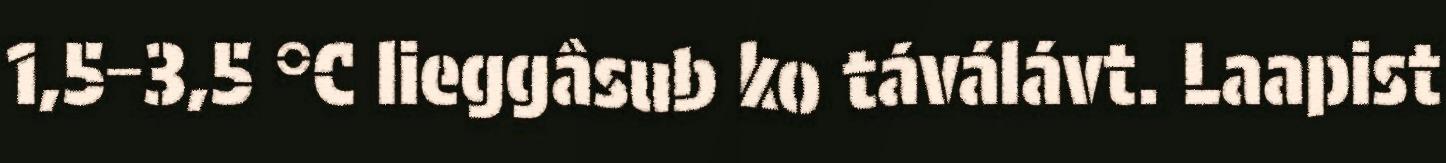
1,5−3,5 °C lieggâsub ko táválávt. Laapist